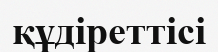
құдіреттісі